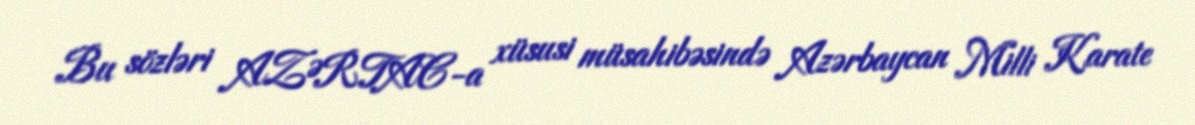
Bu sözləri AZƏRTAC-a xüsusi müsahibəsində Azərbaycan Milli Karate